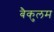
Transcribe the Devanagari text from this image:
बैकुलम